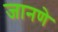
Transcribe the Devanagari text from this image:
जानणे